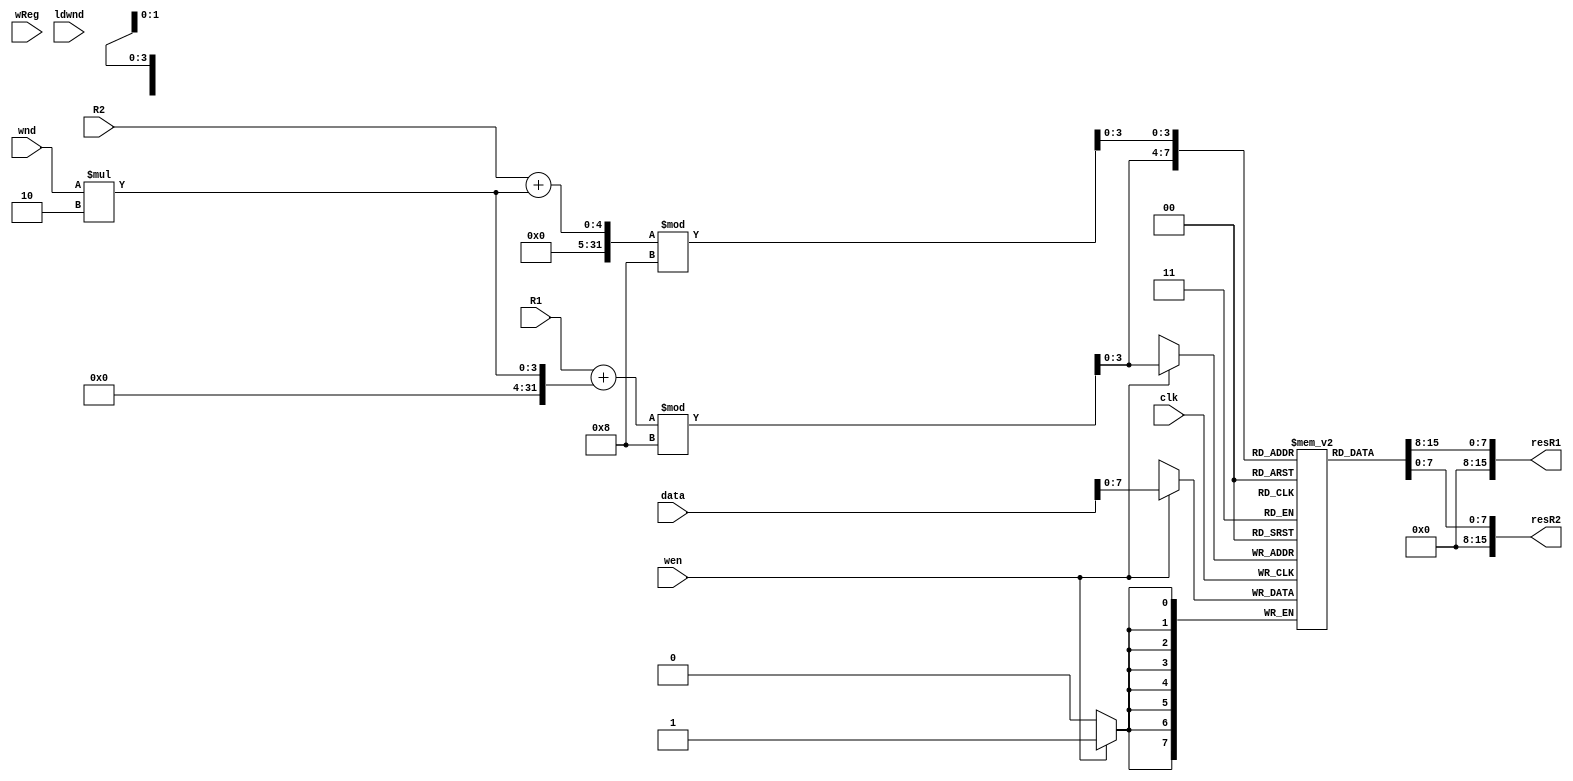
`timescale 1ns/1ns
module RegFile(input [1:0] R1,R2,wReg,wnd, input clk,wen,ldwnd,input [15:0] data,output [15:0] resR1,resR2);
  reg [1:0] window;
  reg [7:0] R [15:0];
  always @(posedge clk) begin 
    if(wen)
      R[((R1 + (wnd *2))%8)] <= data;
    if(ldwnd)
      window <= wnd;
  end
  initial begin
    window = 0;
  end
  
  assign resR1 = R[((R1 + (wnd *2))%8)];
  assign resR2 = R[((R2 + (wnd *2))%8)];

endmodule